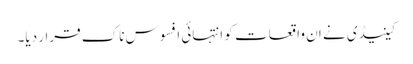
کینیڈی نے ان واقعات کو انتہائی افسوس ناک قرار دیا۔